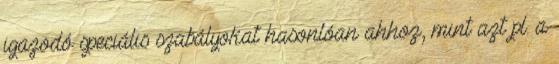
igazodó speciális szabályokat hasonlóan ahhoz, mint azt pl. a